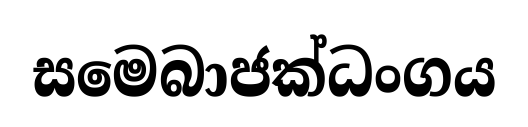
සමෙබාජක්ධංගය